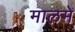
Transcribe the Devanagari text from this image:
मालमे